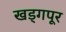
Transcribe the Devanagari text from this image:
खड्गपूर